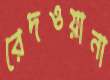
রেদওয়ানা